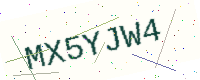
Text: MX5YJW4